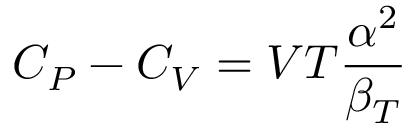
C _ { P } - C _ { V } = V T { \frac { \alpha ^ { 2 } } { \beta _ { T } } }